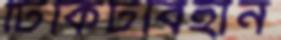
টিকিটবিহীন